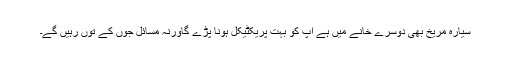
سیارہ مریخ بھی دوسرے خانے میں ہے آپ کو بہت پریکٹیکل ہونا پڑے گاورنہ مسائل جوں کے توں رہیں گے۔